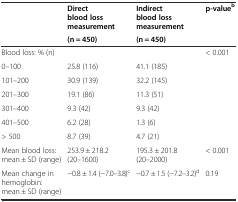
<table><thead><tr><td></td><td><b>Direct blood loss measurement</b></td><td><b>Indirect blood loss measurement</b></td><td><b>p-value<sup>b</sup></b></td></tr><tr><td></td><td><b>(n = 450)</b></td><td><b>(n = 450)</b></td><td></td></tr></thead><tbody><tr><td>Blood loss: % (n)</td><td></td><td></td><td rowspan="7">&lt; 0.001</td></tr><tr><td>0–100</td><td>25.8 (116)</td><td>41.1 (185)</td></tr><tr><td>101–200</td><td>30.9 (139)</td><td>32.2 (145)</td></tr><tr><td>201–300</td><td>19.1 (86)</td><td>11.3 (51)</td></tr><tr><td>301–400</td><td>9.3 (42)</td><td>9.3 (42)</td></tr><tr><td>401–500</td><td>6.2 (28)</td><td>1.3 (6)</td></tr><tr><td>&gt; 500</td><td>8.7 (39)</td><td>4.7 (21)</td></tr><tr><td>Mean blood loss: mean ± SD (range)</td><td>253.9 ± 218.2 (20–1600)</td><td>195.3 ± 201.8 (20–2000)</td><td>&lt; 0.001</td></tr><tr><td>Mean change in hemoglobin: mean ± SD (range)</td><td>−0.8 ± 1.4 (−7.0–3.8)<sup>c</sup></td><td>−0.7 ± 1.5 (−7.2–3.2)<sup>d</sup></td><td>0.19</td></tr></tbody></table>